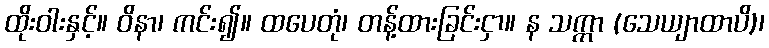
ထိုးဝါးနှင့်။ ဝိနာ၊ ကင်း၍။ ထပေတုံ၊ တန့်ထားခြင်းငှာ။ န သက္ကာ (သေယျာထာပိ)၊